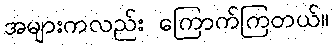
အများကလည်း ကြောက်ကြတယ်။